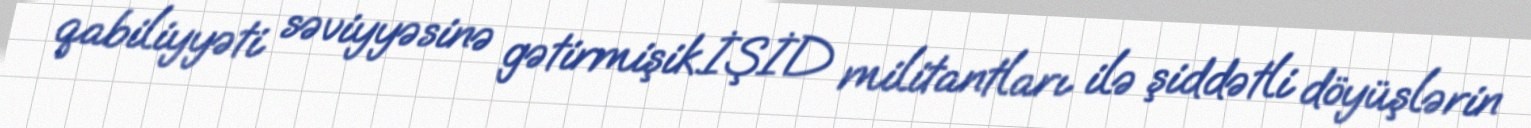
qabiliyyəti səviyyəsinə gətirmişik.İŞİD militantları ilə şiddətli döyüşlərin